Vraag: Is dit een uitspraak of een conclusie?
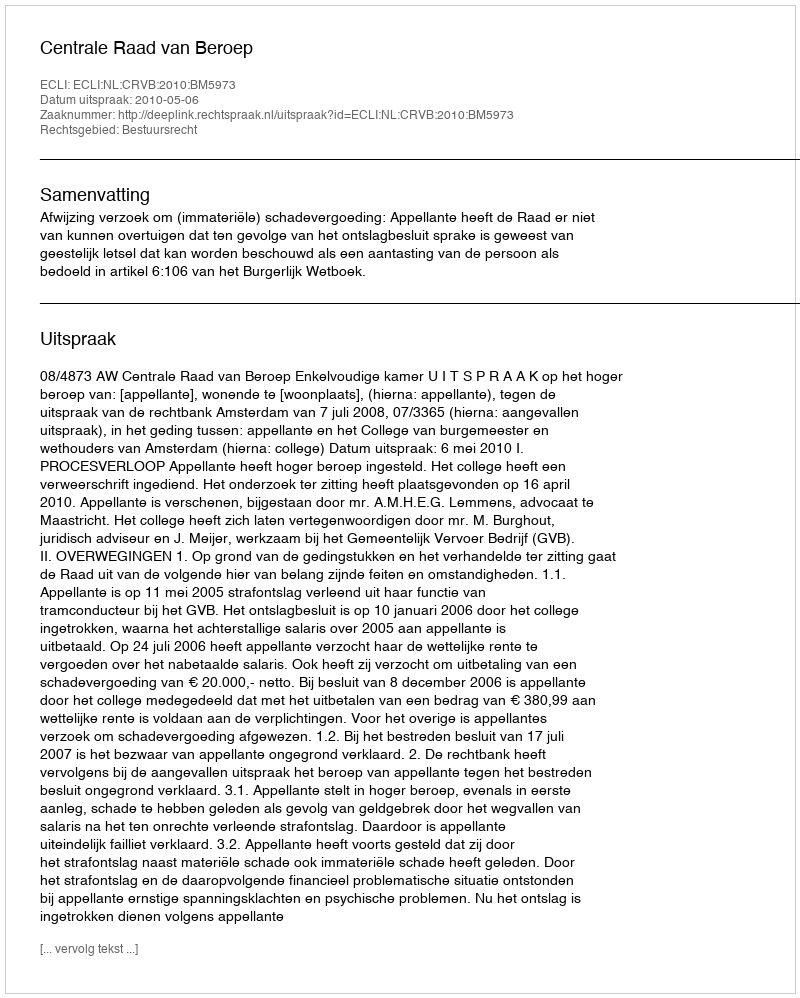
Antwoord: Uitspraak